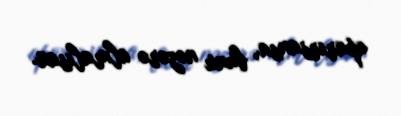
aparırsansa, bunu nəzərə almalısan.